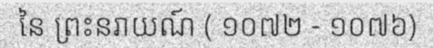
នៃ ព្រះនរាយណ៍ ( ១០៧២ - ១០៧៦)